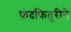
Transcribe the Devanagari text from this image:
फंदफितुरीने